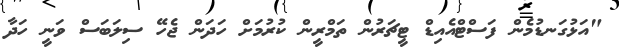
"އަޅުގަނޑުމެން ފަސްޓްއެއިޑް ޓީޗަރުން ތަމްރީން ކުރުމަށް ހަދަން ޖެހޭ ސިލަބަސް ވަނީ ހަދާ